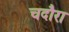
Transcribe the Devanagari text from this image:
चदौरा